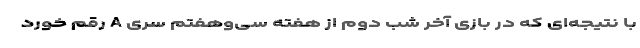
با نتیجه‌ای که در بازی آخر شب دوم از هفته سی‌و‌هفتم سری A رقم خورد